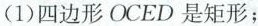
(1)四边形OCED是矩形;